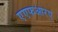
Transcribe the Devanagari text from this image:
एएफआरए